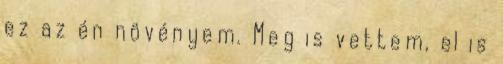
ez az én növényem. Meg is vettem, el is